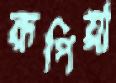
রূপিয়া